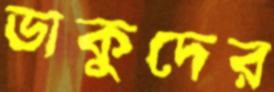
ডাকুদের